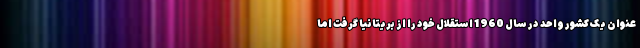
عنوان یک کشور واحد در سال 1960 استقلال خود را از بریتانیا گرفت اما